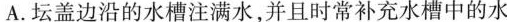
A.坛盖边沿的水槽注满水，并且时常补充水槽中的水